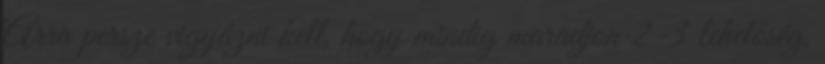
Arra persze vigyázni kell, hogy mindig maradjon 2-3 lehetőség,